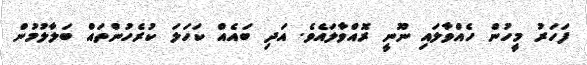
ފަހަރު މީހުން ހެއްވާލައި ނޫނީ ރޮއްވާލައެވެ. އަދި ބައެއް ކަހަަލަ ކުރެހުންތައް ބަލާލުމުން